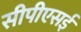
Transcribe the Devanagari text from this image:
सीपीएसई